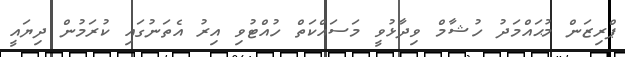
ޕްރިޒަން މުޙައްމަދު ހުޝާމް ވިދާޅުވީ މަސައްކަތް ހުއްޓުވި އިރު އެތަނުގައި ކުރަމުން ދިޔައީ